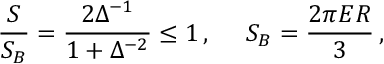
\frac { S } { S _ { B } } = \frac { 2 \Delta ^ { - 1 } } { 1 + \Delta ^ { - 2 } } \le 1 \, , \, \, \, \, \, \, \, \, S _ { B } = \frac { 2 \pi E R } { 3 } \, ,